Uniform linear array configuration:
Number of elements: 16
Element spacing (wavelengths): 0.25
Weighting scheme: exponential
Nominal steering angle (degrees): -30
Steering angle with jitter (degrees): -30.075
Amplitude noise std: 0.05
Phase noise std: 0.05

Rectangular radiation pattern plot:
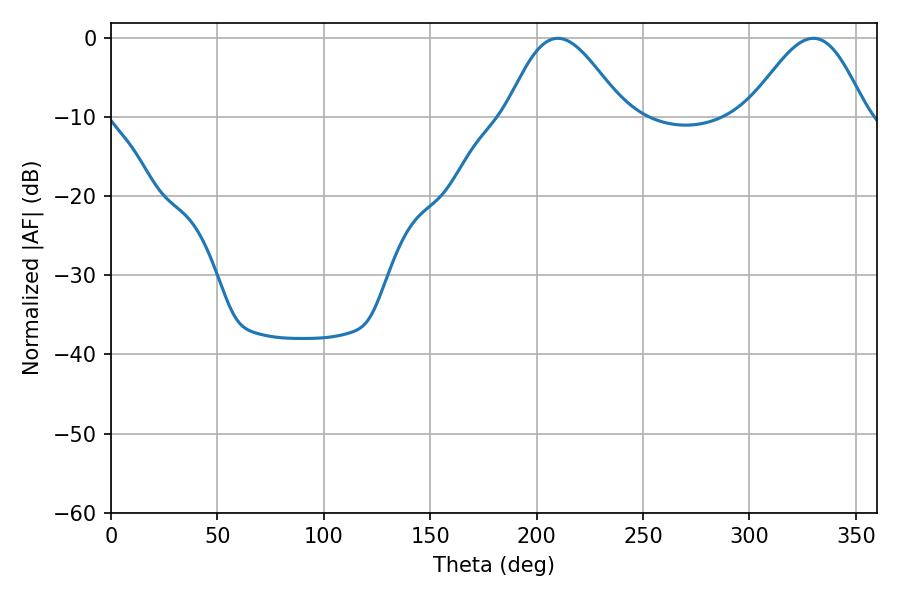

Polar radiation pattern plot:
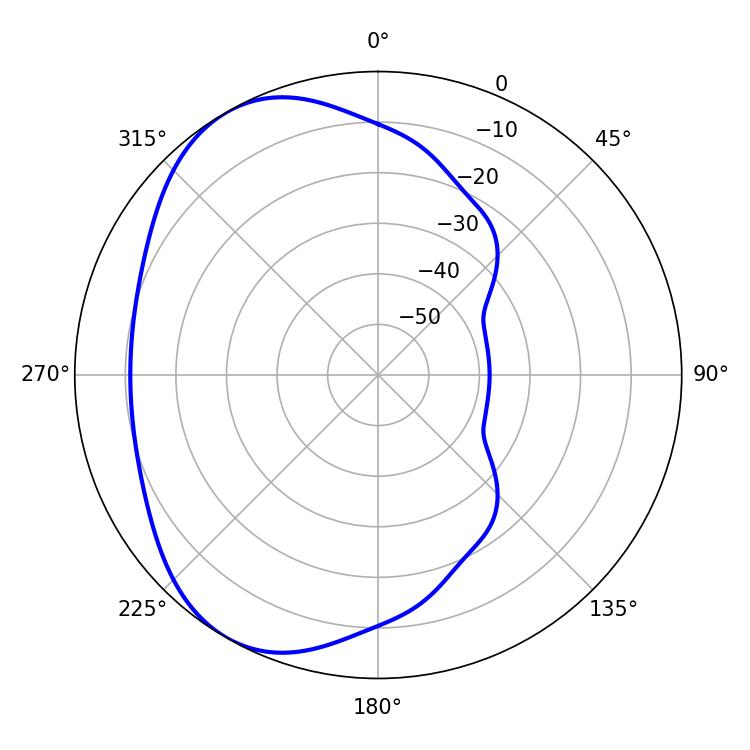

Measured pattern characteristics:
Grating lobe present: FALSE
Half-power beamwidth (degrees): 29.34
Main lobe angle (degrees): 209.88